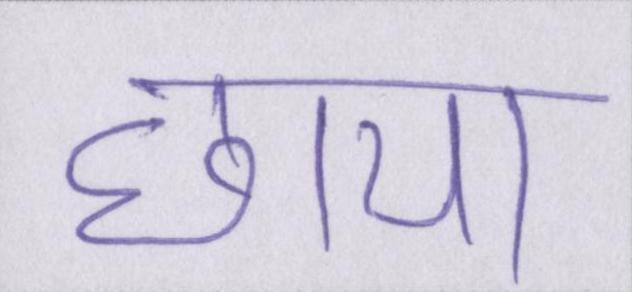
छाया